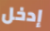
إدخل